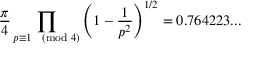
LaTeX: { \frac { \pi } { 4 } } \prod _ { p \equiv 1 { \pmod { 4 } } } \left( 1 - { \frac { 1 } { p ^ { 2 } } } \right) ^ { 1 / 2 } = 0 . 7 6 4 2 2 3 . . .